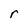
Character: r